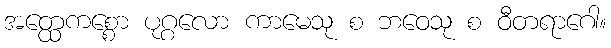
အတ္ထေကစ္စော ပုဂ္ဂလော ကာမေသု စ ဘဝေသု စ ဝီတရာဂေါ။